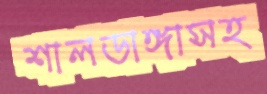
শালডাঙ্গাসহ